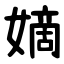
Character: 嫡